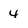
Character: 4